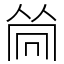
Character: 𠕞